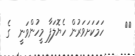
٢٢     ހަމަކަށަވަރުން ހެޔޮލަފާ މީހުންވަނީ  ގެ